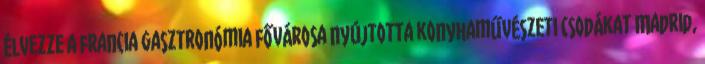
élvezze a francia gasztronómia fővárosa nyújtotta konyhaművészeti csodákat Madrid,